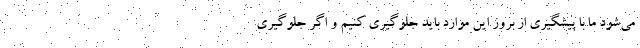
می‌شود ما با پیشگیری از بروز این موارد باید جلوگیری کنیم و اگر جلوگیری